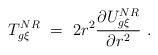
\begin{align*}T_{g\xi}^{NR}\ =\ 2r^2\frac{\partial U_{g\xi}^{NR}}{\partial r^2}\ .\end{align*}